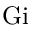
\mathrm { G i }